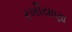
રખીયાણા